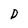
Character: D